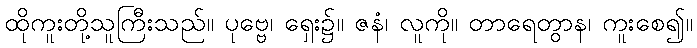
ထိုကူးတို့သူကြီးသည်။ ပုဗ္ဗေ၊ ရှေး၌။ ဇနံ၊ လူကို။ တာရေတွာန၊ ကူးစေ၍။